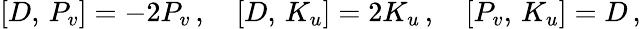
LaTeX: {}[D,\, P_{v}]=-2P_{v}\, ,\quad{}[D,\, K_{u}]=2K_{u}\, ,\quad{}[P_{v},\, K_{u}]=D\, ,